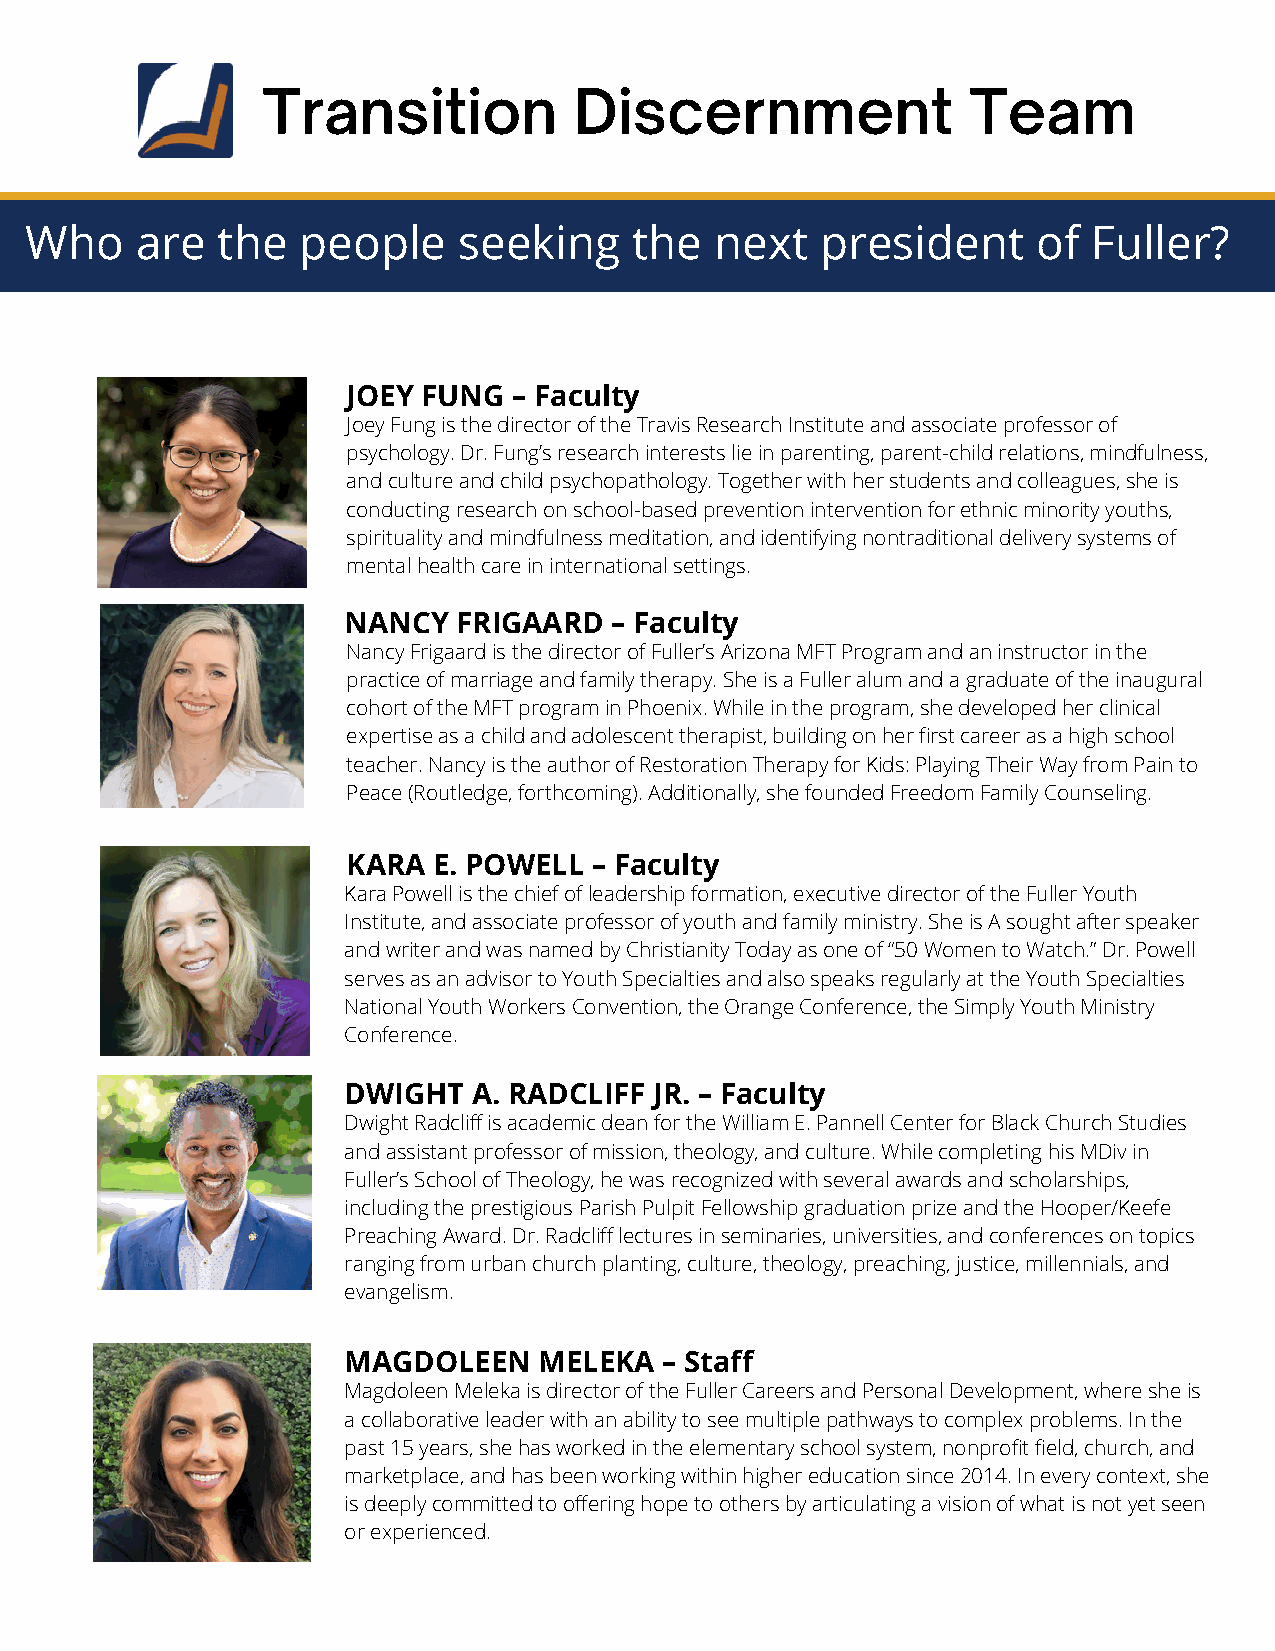
Transition           Discernment               Team
 Who    are  the   people    seeking     the  next   president      of Fuller?
 JOEY FUNG  – Faculty
 Joey Fung is the director of the Travis Research Institute and associate professor of
 psychology. Dr. Fung’s research interests lie in parenting, parent-child relations, mindfulness,
 and culture and child psychopathology. Together with her students and colleagues, she is
 conducting research on school-based prevention intervention for ethnic minority youths,
 spirituality and mindfulness meditation, and identifying nontraditional delivery systems of
 mental health care in international settings.
 NANCY  FRIGAARD  – Faculty
 Nancy Frigaard is the director of Fuller’s Arizona MFT Program and an instructor in the
 practice of marriage and family therapy. She is a Fuller alum and a graduate of the inaugural
 cohort of the MFT program in Phoenix. While in the program, she developed her clinical
 expertise as a child and adolescent therapist, building on her first career as a high school
 teacher. Nancy is the author of Restoration Therapy for Kids: Playing Their Way from Pain to
 Peace (Routledge, forthcoming). Additionally, she founded Freedom Family Counseling.
 KARA  E. POWELL – Faculty
 Kara Powell is the chief of leadership formation, executive director of the Fuller Youth
 Institute, and associate professor of youth and family ministry. She is A sought after speaker
 and writer and was named by Christianity Today as one of “50 Women to Watch.” Dr. Powell
 serves as an advisor to Youth Specialties and also speaks regularly at the Youth Specialties
 National Youth Workers Convention, the Orange Conference, the Simply Youth Ministry
 Conference.
 DWIGHT  A. RADCLIFF JR. – Faculty
 Dwight Radcliff is academic dean for the William E. Pannell Center for Black Church Studies
 and assistant professor of mission, theology, and culture. While completing his MDiv in
 Fuller’s School of Theology, he was recognized with several awards and scholarships,
 including the prestigious Parish Pulpit Fellowship graduation prize and the Hooper/Keefe
 Preaching Award. Dr. Radcliff lectures in seminaries, universities, and conferences on topics
 ranging from urban church planting, culture, theology, preaching, justice, millennials, and
 evangelism.
 MAGDOLEEN    MELEKA  – Staff
 Magdoleen Meleka is director of the Fuller Careers and Personal Development, where she is
 a collaborative leader with an ability to see multiple pathways to complex problems. In the
 past 15 years, she has worked in the elementary school system, nonprofit field, church, and
 marketplace, and has been working within higher education since 2014. In every context, she
 is deeply committed to offering hope to others by articulating a vision of what is not yet seen
 or experienced.